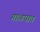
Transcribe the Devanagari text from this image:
गाळपात